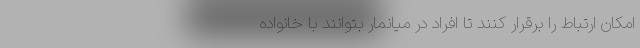
امکان ارتباط را برقرار کنند تا افراد در میانمار بتوانند با خانواده